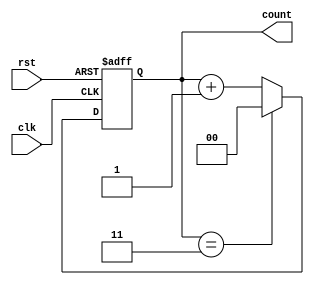
module divide_by_n_counter #(
    parameter N = 4 // Default value of N, can be changed as needed
) (
    input wire clk,        // Input clock
    input wire rst,        // Active-high asynchronous reset
    output reg [$clog2(N)-1:0] count // Counter output
);

    // Initialize the counter on reset
    always @(posedge clk or posedge rst) begin
        if (rst) begin
            count <= 0; // Reset the counter to 0
        end else begin
            if (count == N-1) begin
                count <= 0; // Wrap around to 0 when reaching N-1
            end else begin
                count <= count + 1; // Increment the counter
            end
        end
    end

endmodule